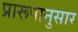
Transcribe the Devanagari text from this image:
प्रारूपानुसार